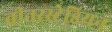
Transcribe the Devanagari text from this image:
वीनरस्टेडियन